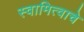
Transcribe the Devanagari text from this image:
स्वामित्वाचे